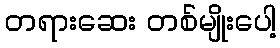
တရားဆေး တစ်မျိုးပေါ့